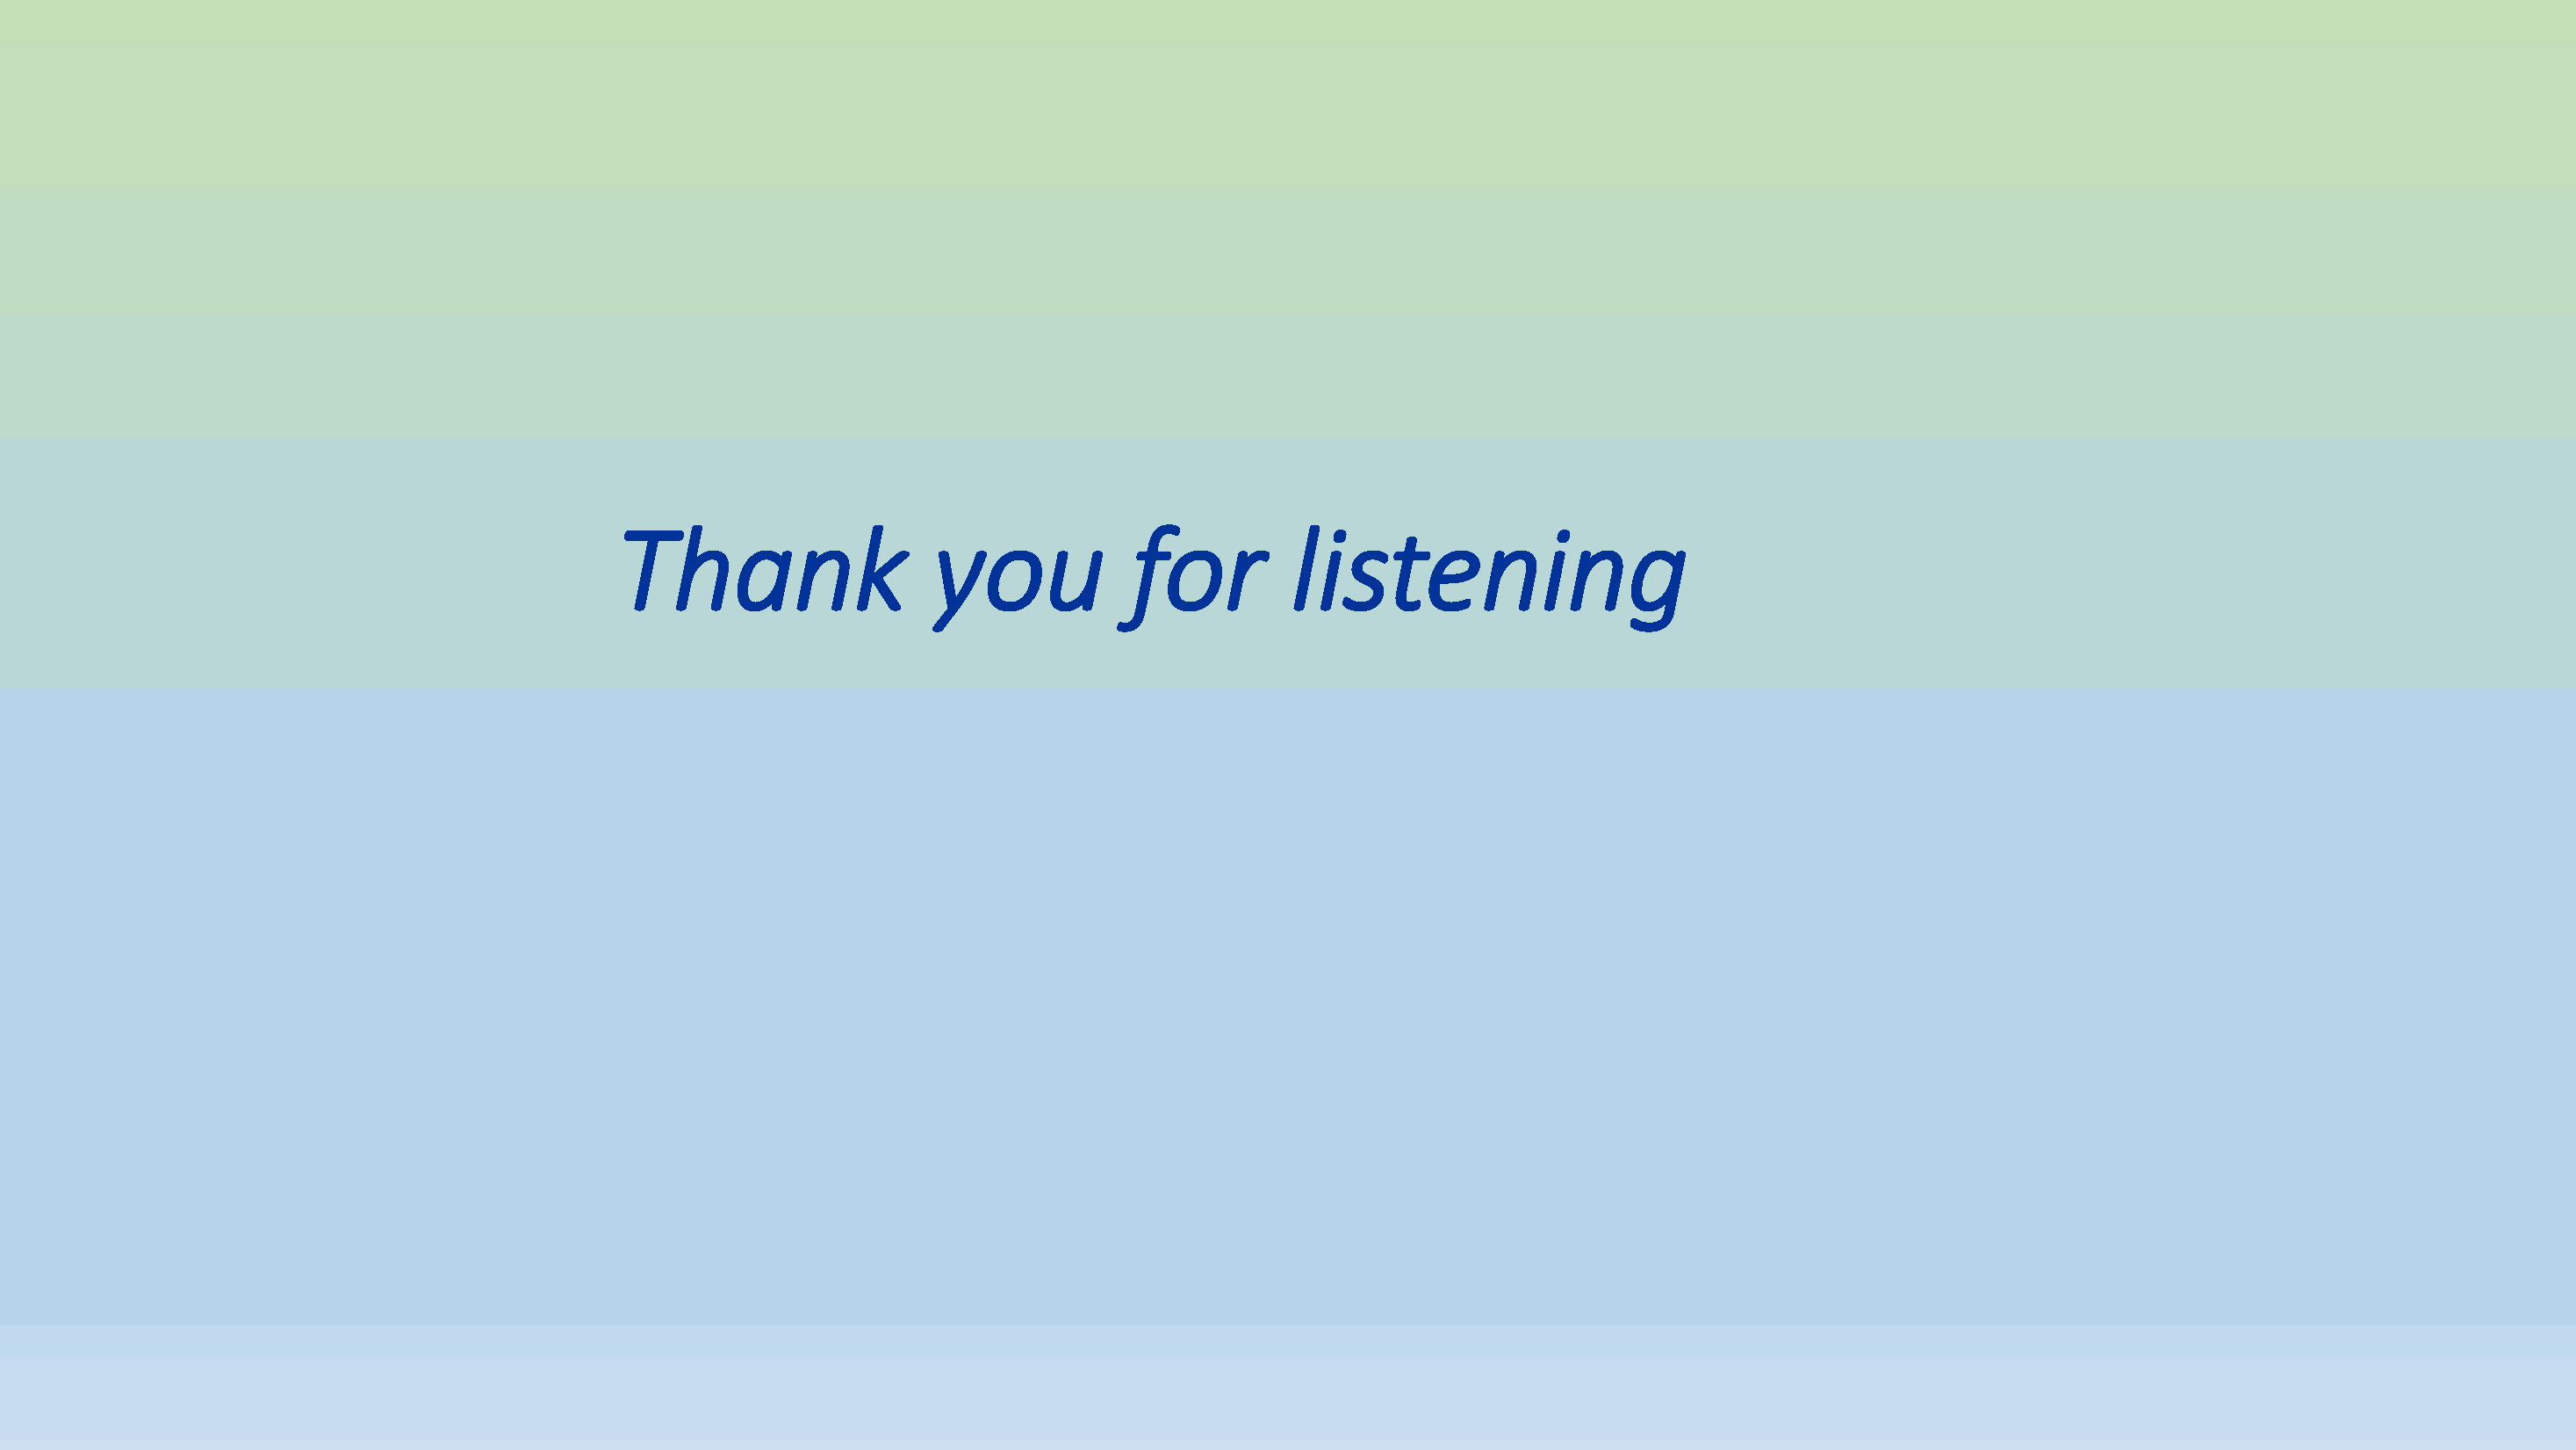
Thank                   you            for         listening